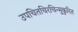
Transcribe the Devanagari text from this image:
उपचितचिरचिन्मुकुरित